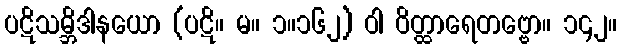
ပဋိသမ္ဘိဒါနယော (ပဋိ။ မ။ ၁။၁၆၂) ဝါ ဝိတ္ထာရေတဗ္ဗော။ ၁၄၂။